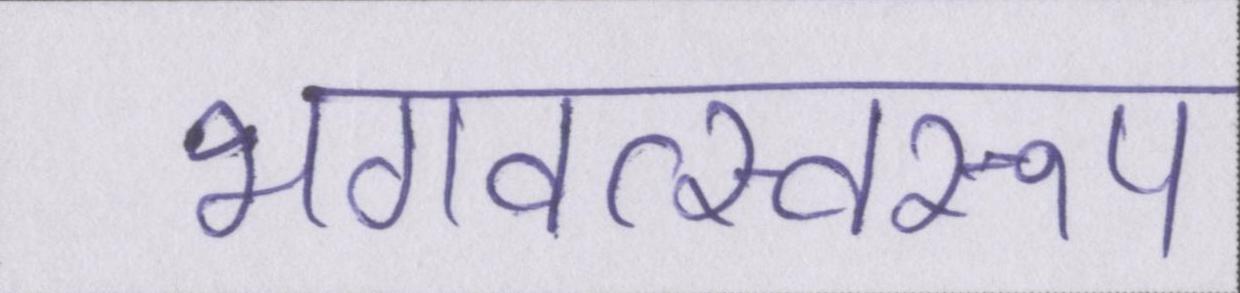
भगवत्स्वरूप